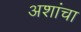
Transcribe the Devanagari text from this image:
अशांचा